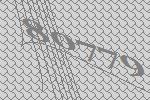
80779